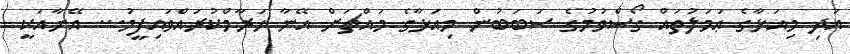
އަދި މިއަޅާގެ ޢަމަލުތައް ގޯސްވުމުގެ ސަބަބުން މިއަޅާގެ މައްޗަށް އޭނާ ހަރާމްކުރައްވައިފީމު... އޭނާއަކީ